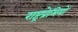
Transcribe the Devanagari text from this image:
राष्ट्रप्रेमियों